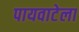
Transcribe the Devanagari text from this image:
पायवाटेला